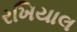
રખિયાલ